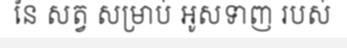
នៃ សត្វ សម្រាប់ អូសទាញ របស់